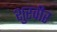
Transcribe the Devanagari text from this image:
शुरवीर